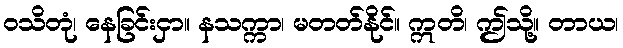
ဝသိတုံ၊ နေခြင်းငှာ။ နသက္ကာ၊ မတတ်နိုင်။ ဣတိ၊ ဤသို့။ တာယ၊